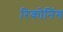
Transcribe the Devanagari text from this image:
रिकोनिंग